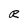
Character: R